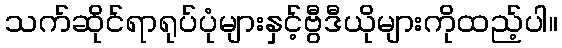
သက်ဆိုင်ရာရုပ်ပုံများနှင့်ဗွီဒီယိုများကိုထည့်ပါ။